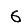
Digit: 6